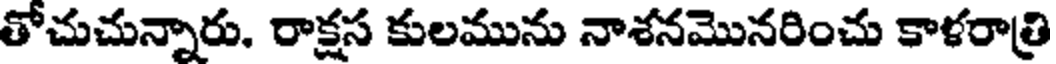
తోచుచున్నారు. రాక్షస కులమును నాశనమొనరించు కాళరాత్రి